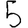
Digit: 5